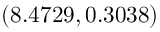
( 8 . 4 7 2 9 , 0 . 3 0 3 8 )